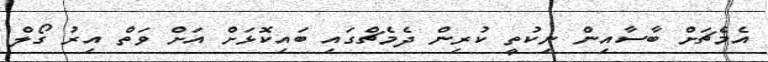
އެމެޗަށް ބާސާއިން ނިކުތީ ކުރިން ދެމެޗްގައި ބައިކޮޅަށް އަށް ވަތް އިރު ގޯލް